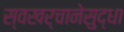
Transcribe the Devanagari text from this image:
स्वखर्चानेसुद्धा